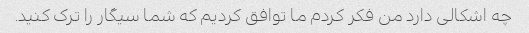
چه اشکالی دارد من فکر کردم ما توافق کردیم که شما سیگار را ترک کنید.